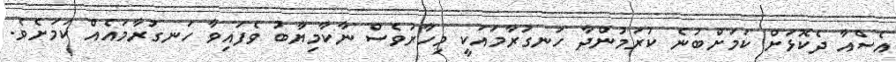
އެސްއާ ދެކޮޅަށް ކަމަށްބުނެ ކުރަމުންދާ ހަނގުރާމައަކީ މިހާރުވެސް ނާކާމިޔާބު ވެފައިވާ ހަނގުރާމައެއް ކަމަށެވެ.